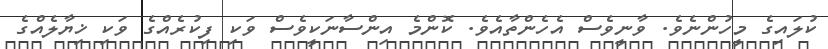
ކުލައިގެ މީހުންނެވެ. ވާނީވެސް އެހެންތާއެވެ. ކޮންމެ އިންސާނަކީވެސް ވަކި ފިކުރެއްގެ ވަކި ޚިޔާލެއްގެ